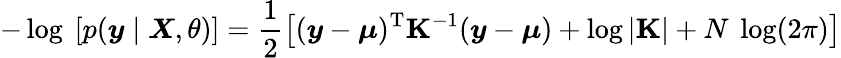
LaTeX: -\log\ [p(\boldsymbol{y}\mid\boldsymbol{X},\theta)]=\frac{1}{2}\left[(\boldsymbol{y}-\boldsymbol{\mu})^{\mathrm{T}}\mathbf{K}^{-1}(\boldsymbol{y}-\boldsymbol{\mu})+\log|\mathbf{K}|+N\ \log(2\pi)\right]